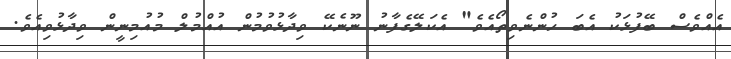
އެއްވެސް ބޭފުޅަކު އެބަ ހުންނެވިތޯއެވެ" އެކަލޭގެފާނު ނޫނެކޭ ވިދާޅުވުމުން އުއްމުލް މުއުމިނީން ވިދާޅުވިއެވެ.